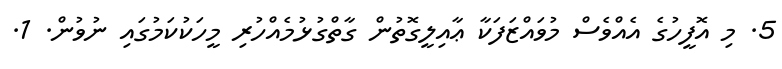
5. މި އޮފީހުގެ އެއްވެސް މުވައްޒަފަކާ ޢާއިލީގޮތުން ގާތްގުޅުމެއްހުރި މީހަކުކަމުގައި ނުވުން. 1.